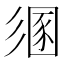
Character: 𢒤